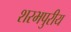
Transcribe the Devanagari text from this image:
शरभपुरीय